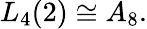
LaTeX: L_{4}(2)\cong A_{8}.